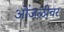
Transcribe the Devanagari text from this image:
ओंजळीवर